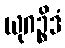
ယုဂဉ္စိဒံ